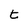
Character: t